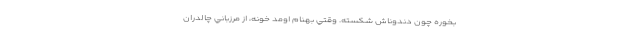
بخوره چون دندوناش شكسته. وقتي بهنام اومد خونه، از مرزباني چالدران